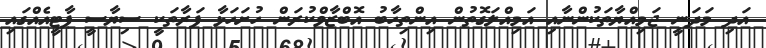
އަދި މަދަނީ ޖަމިއްޔާތަކުންނާއި އަމިއްލަގޮތުން އިންތިހާބު އޮބްޒާވްކުރަން ހުށަހަޅާ ފަރާތަކީ ސިޔާސީ ޕާޓީއެއްގައި